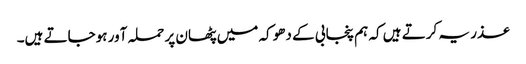
عذر یہ کرتے ہیں کہ ہم پنجابی کے دھوکہ میں پٹھان پر حملہ آور ہوجاتے ہیں۔